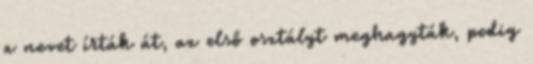
a nevet írták át, az első osztályt meghagyták, pedig